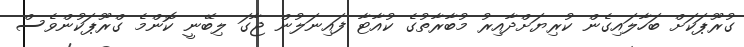
ގުރޫޕަކަށް ބަހާލައިގެން ކުރިޔަށްދާއިރު މުބާރާތުގެ ކުއާޓާ ފައިނަލުން ޖާގަ ލިބޭނީ ކޮންމެ ގްރޫޕަކުންވެސް